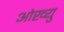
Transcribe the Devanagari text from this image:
ओख्यु